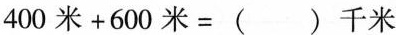
$$4 0 0 米 + 6 0 0 米 = ( ) 千 米$$